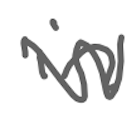
Text: in
Cross-out: zig-zag
Writing tool: digital_gray